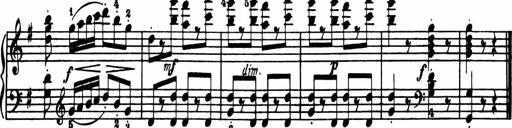
Title: Sonatina in G major
Composer: Friedrich Kuhlau
Key: G major